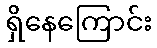
ရှိနေကြောင်း